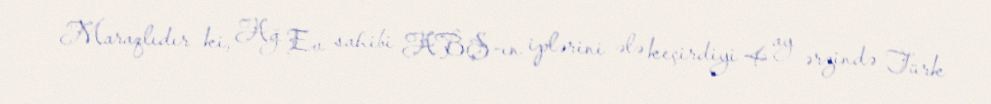
Maraqlıdır ki, Ağ Ev sahibi ABŞ-ın iplərini ələ keçirdiyi 4 ay ərzində Türk